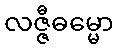
လဇ္ဇီဓမ္မော